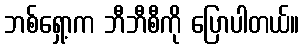
ဘစ်ရှော့က ဘီဘီစီကို ပြောပါတယ်။